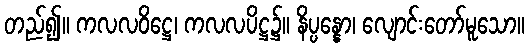
တည်၍။ ကလလဝိဋ္ဌေ၊ ကလလပိဋ္ဌ၌။ နိပ္ပန္နော၊ လျောင်းတော်မူသော။